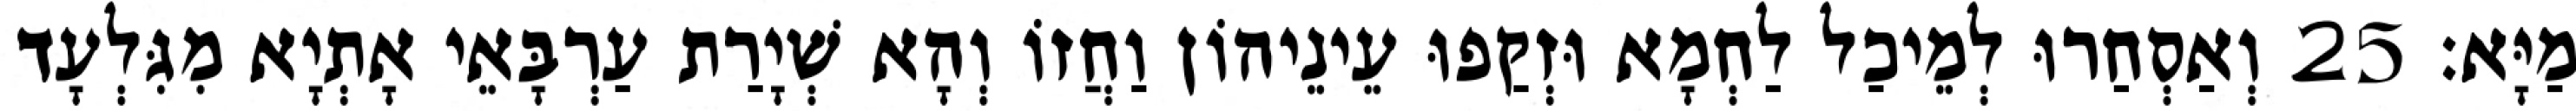
מַיָּא׃ 25 וְאַסְחַרוּ לְמֵיכַל לַחְמָא וּזְקַפוּ עֵינֵיהוֹן וַחֲזוֹ וְהָא שְׁיָרַת עַרְבָּאֵי אָתְיָא מִגִּלְעָד